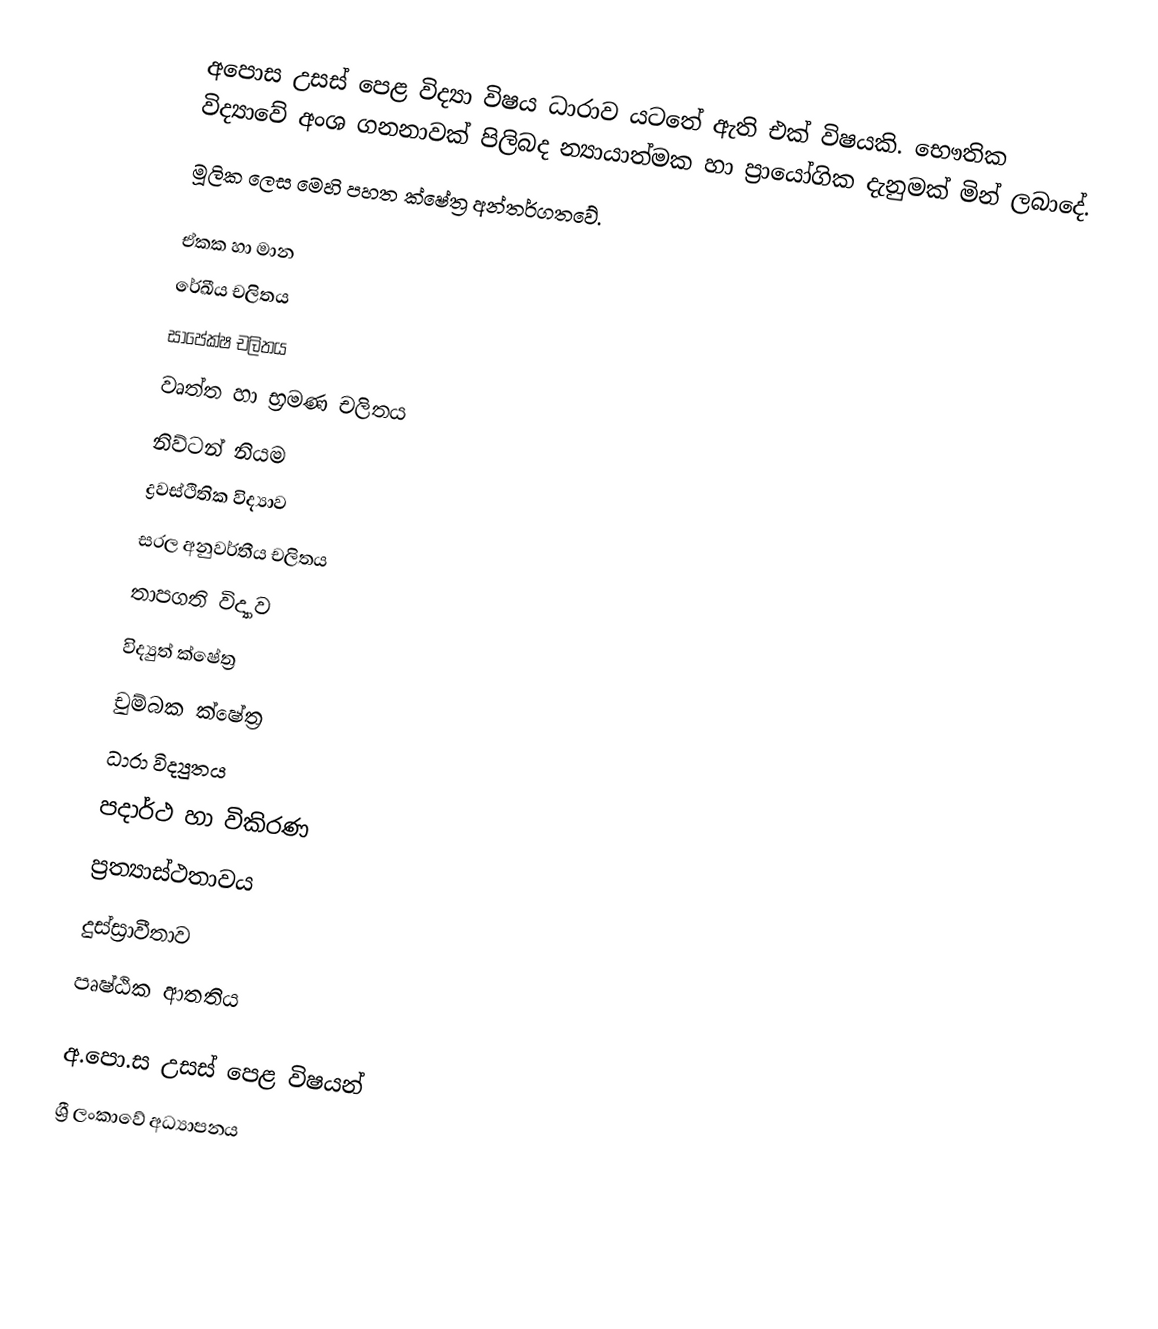
අපොස උසස් පෙළ විද්‍යා විෂය ධාරාව යටතේ ඇති එක් විෂයකි. භෞතික විද්‍යාවේ අංශ ගනනාවක් පිලිබද න්‍යායාත්මක හා ප්‍රායෝගික දැනුමක් මින් ලබාදේ.
මූලික ලෙස මෙහි පහත ක්ෂේත්‍ර  අන්තර්ගතවේ.

 ඒකක හා මාන
 රේඛීය චලිතය
 සාපේක්ෂ චලිතය
 වෘත්ත හා භ්‍රමණ චලිතය
 නිව්ටන් නියම
 ද්‍රවස්ථිතික විද්‍යාව
 සරල අනුවර්තීය චලිතය
 තාපගති විද්‍යාව
 විද්‍යුත් ක්ෂේත්‍ර
 චුම්බක ක්ෂේත්‍ර
 ධාරා විද්‍යුතය
 පදාර්ථ හා විකිරණ
 ප්‍රත්‍යාස්ථතාවය
 දුස්ස්‍රාවීතාව
 පෘෂ්ඨික ආතතිය

 අ.පො.ස උසස් පෙළ විෂයන්
 ශ්‍රී ලංකාවේ අධ්‍යාපනය